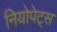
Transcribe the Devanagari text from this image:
नियोपेट्स